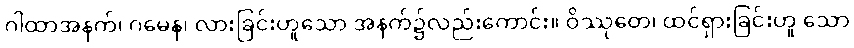
ဂါထာအနက်၊ ဂမေန၊ လားခြင်းဟူသော အနက်၌လည်းကောင်း။ ဝိဿုတေ၊ ထင်ရှားခြင်းဟူ သော